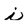
Character: i